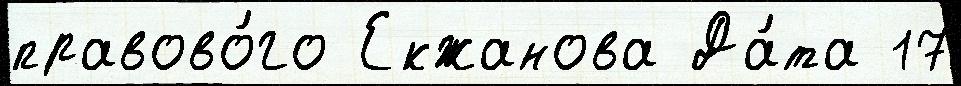
правово́го Екжанова Да́та 17